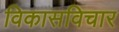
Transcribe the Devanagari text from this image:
विकासविचार